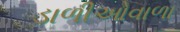
ડાળીઓવાળા